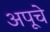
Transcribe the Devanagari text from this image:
अपूचे